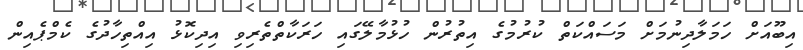
އިބޫއަށް ހަމަލާދިނުމަށް މަސައްކަތް ކުރުމުގެ އިތުރުން ހުޅުމާލޭގައި ހަރަކާތްތެރިވި އިދިކޮޅު އިއްތިހާދުގެ ކެމްޕެއިން